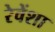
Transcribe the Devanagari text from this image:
रेवेंशा